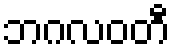
ဘဂလဝတီ